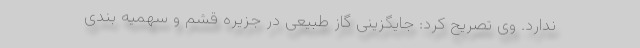
ندارد. وی تصریح کرد: جایگزینی گاز طبیعی در جزیره قشم و سهمیه بندی